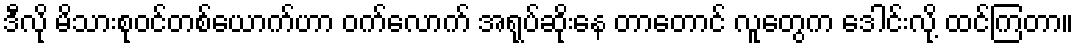
ဒီလို မိသားစုဝင်တစ်ယောက်ဟာ ဝက်လောက် အရုပ်ဆိုးနေ တာတောင် လူတွေက ဒေါင်းလို့ ထင်ကြတာ။